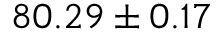
8 0 . 2 9 \pm 0 . 1 7